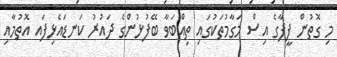
މި ގޮތުން ފީފާގެ އިސް މަގާމުތަކުގައި ތިއްބަވާ ބޭފުޅުންގެ ދައުރު ކަނޑައެޅިފައ އޮތުމާއި